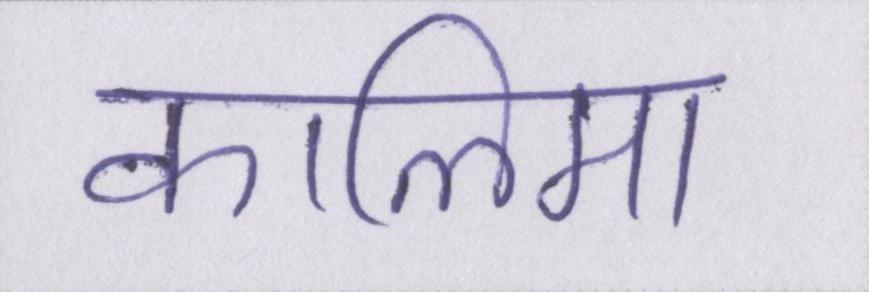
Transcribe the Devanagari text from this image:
कालिमा